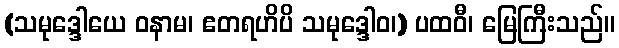
(သမုဒ္ဒေါယေ ဝနာမ၊ ဧတရဟိပိ သမုဒ္ဒေါဝ၊) ပထဝီ၊ မြေကြီးသည်။